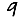
Digit: 9